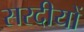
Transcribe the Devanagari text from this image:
सरदीयों